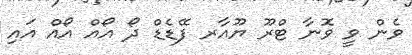
ވެން ވީ ވޮނާ ޓްރޫ ޔޫއާރ ފޭޑެޑް ދޯ އޯއް އޯއް އައި